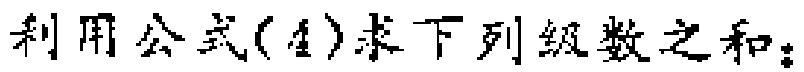
利用公式(4)求下列级数之和：